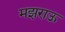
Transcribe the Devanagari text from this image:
मझराऊ